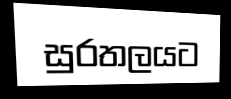
සුරතලයට